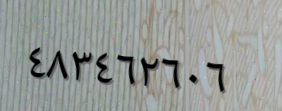
٤٨٣٤٦٢٦٠٦